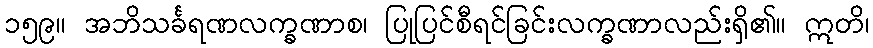
၁၅၉။ အဘိသင်္ခရဏလက္ခဏာစ၊ ပြုပြင်စီရင်ခြင်းလက္ခဏာလည်းရှိ၏။ ဣတိ၊